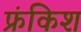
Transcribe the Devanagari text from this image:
फ्रंकिश